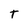
Character: T